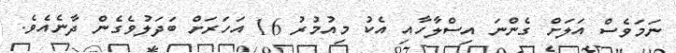
ނަމަވެސް އަލަށް ގެންނަ އިސްލާހާއި އެކު މިއުމުރު 16 އަހަރަށް ބަދަލުވެގެން ދާނެއެވެ.